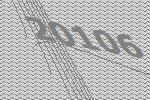
20106